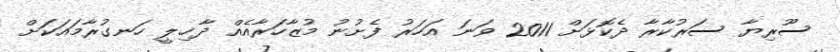
ސޫރިޔާ ސަރުކާރާ ދެކޮޅަށް 2011 ވަނަ އަހަރު ފެށުނު މުޒާހަރާއެއް ދާޚިލީ ހަނގުރާމައަކަށް